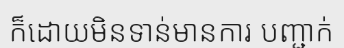
ក៏ដោយមិនទាន់មានការ បញ្ជាក់